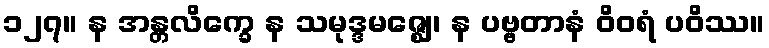
၁၂၇။ န အန္တလိက္ခေ န သမုဒ္ဒမဇ္ဈေ၊ န ပဗ္ဗတာနံ ဝိဝရံ ပဝိဿ။